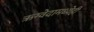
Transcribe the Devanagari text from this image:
ऋग्वेदामध्येही